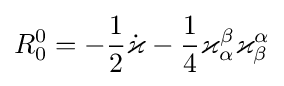
R_{0}^{0}=-{\frac {1}{2}}{\dot {\varkappa }}-{\frac {1}{4}}\varkappa _{\alpha }^{\beta }\varkappa _{\beta }^{\alpha }